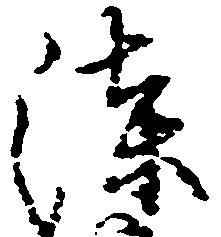
漆